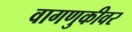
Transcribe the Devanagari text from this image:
वागणुकीवर